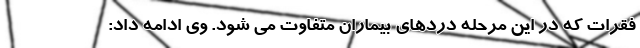
فقرات که در این مرحله دردهای بیماران متفاوت می شود. وی ادامه داد: